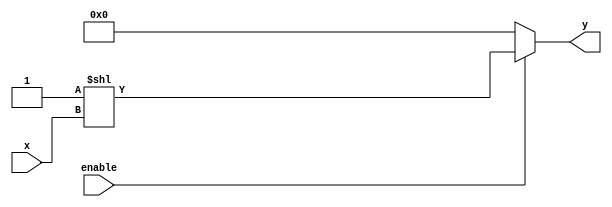
module decoder_m2n_high(x ,enable ,y);
parameter m = 3;
parameter n = 8;
input [m-1:0]x;
input enable;
output reg[n-1:0]y;

always @(x or enable)
    if(!enable) y = {n{1'b0}};
    else        y = {{{n-1{1'b0}},1'b1}}<< x;
    
endmodule